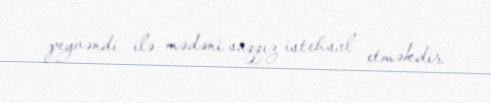
peyvəndi ilə mədəni saqqız istehsal etməkdir.